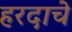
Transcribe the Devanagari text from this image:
हरदाचे